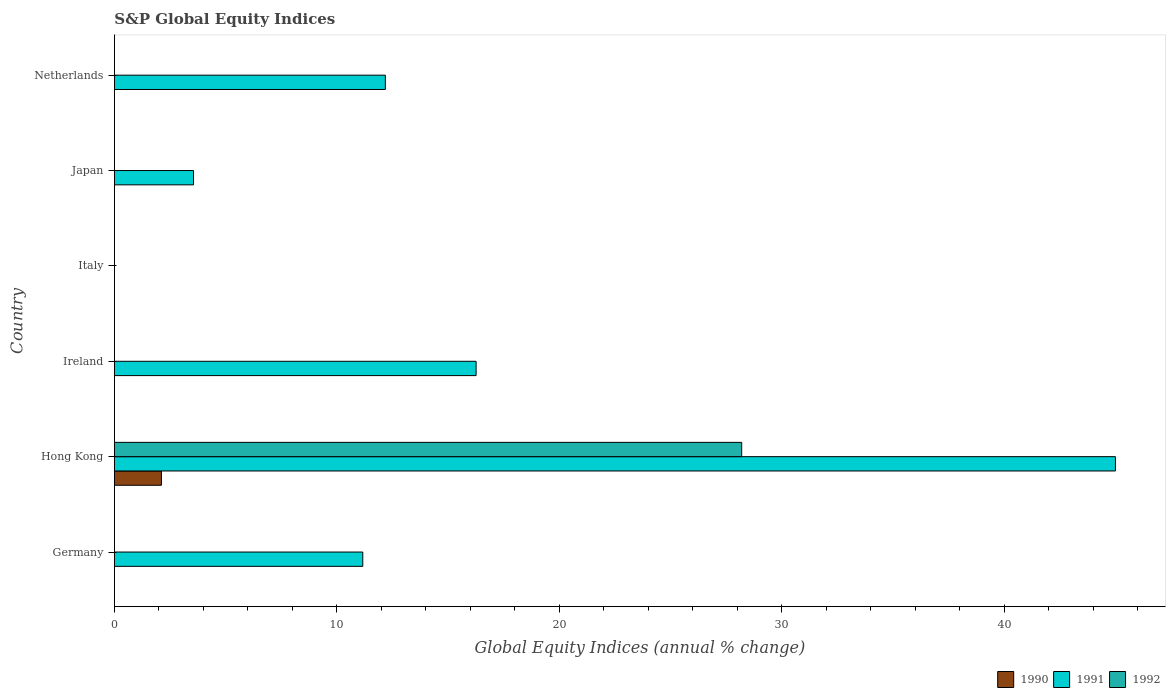
| Country | 1990 | 1991 | 1992 |
 | --- | --- | --- | --- |
 | Germany | -11.9 | 11.2 | -8 |
 | Hong Kong | 2.11 | 45 | 28.2 |
 | Ireland | -21.2 | 16.3 | -18.8 |
 | Italy | -16 | -3.01 | -29.9 |
 | Japan | -34.8 | 3.55 | -25.7 |
 | Netherlands | -6.58 | 12.2 | -2.31 |